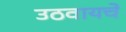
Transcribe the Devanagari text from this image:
उठवायचे